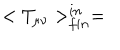
LaTeX: < T _ { \mu \nu } > _ { f i n } ^ { i n } =